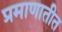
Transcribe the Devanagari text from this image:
प्रमाणातीत